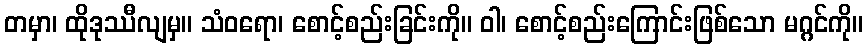
တမှာ၊ ထိုဒုဿီလျမှ။ သံဝရော၊ စောင့်စည်းခြင်းကို။ ဝါ၊ စောင့်စည်းကြောင်းဖြစ်သော မဂ္ဂင်ကို။